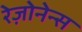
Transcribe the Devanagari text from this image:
रेज़ोनेन्स